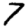
Digit: 7